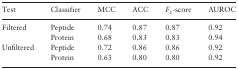
<table><thead><tr><td><b>Test</b></td><td><b>Classifier</b></td><td><b>MCC</b></td><td><b>ACC</b></td><td><b><i>F</i><sub>1</sub>-score</b></td><td><b>AUROC</b></td></tr></thead><tbody><tr><td>Filtered</td><td>Peptide</td><td>0.74</td><td>0.87</td><td>0.87</td><td>0.92</td></tr><tr><td></td><td>Protein</td><td>0.68</td><td>0.83</td><td>0.83</td><td>0.94</td></tr><tr><td>Unfiltered</td><td>Peptide</td><td>0.72</td><td>0.86</td><td>0.86</td><td>0.92</td></tr><tr><td></td><td>Protein</td><td>0.63</td><td>0.80</td><td>0.80</td><td>0.92</td></tr></tbody></table>